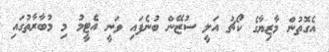
އެގޮތުން މާޒިޔާގެ ކޯޗު އަލީ ސުޒޭން ބުނެފައި ވަނީ އެޓީމު މި މުބާރާތުގައި